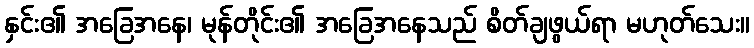
နှင်း၏ အခြေအနေ၊ မုန်တိုင်း၏ အခြေအနေသည် စိတ်ချဖွယ်ရာ မဟုတ်သေး။